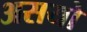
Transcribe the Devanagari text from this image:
असयो